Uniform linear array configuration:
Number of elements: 16
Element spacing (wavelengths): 0.75
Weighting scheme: cosine
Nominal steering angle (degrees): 0
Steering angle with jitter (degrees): -1.276
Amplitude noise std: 0.05
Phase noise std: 0.05

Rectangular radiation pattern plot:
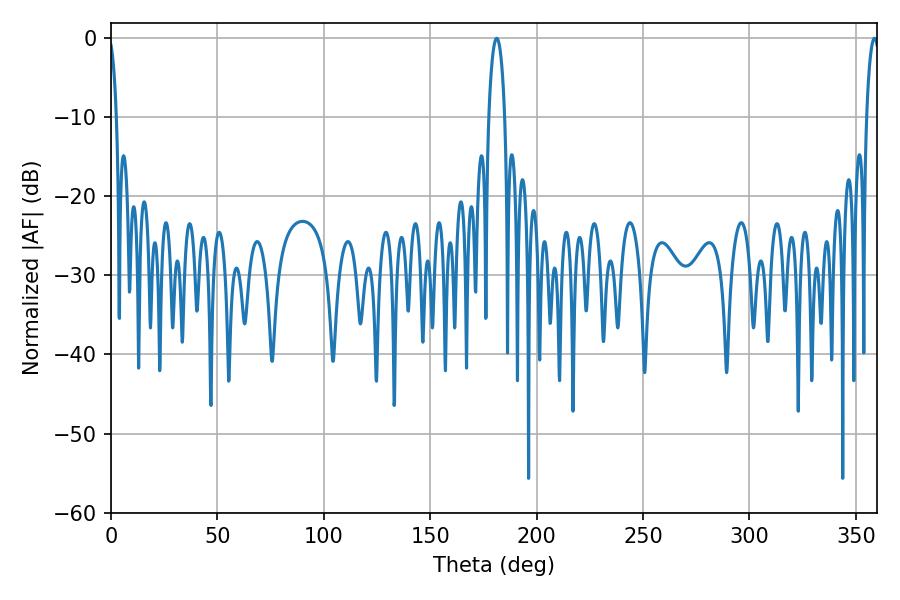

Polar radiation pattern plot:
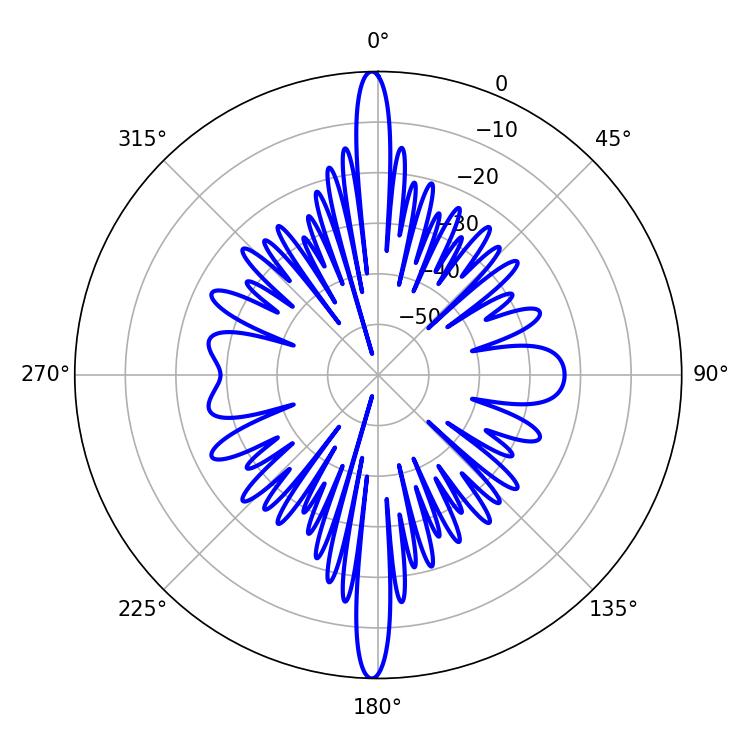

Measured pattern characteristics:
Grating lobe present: TRUE
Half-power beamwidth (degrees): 3.42
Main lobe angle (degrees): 358.74